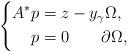
LaTeX: \begin{align*} \left\{ \begin{aligned} A^*p &= z-y_\gamma \Omega,\\ p &= 0 \quad\quad \partial \Omega, \end{aligned} \right.\end{align*}